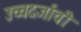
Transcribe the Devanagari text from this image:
उच्चदर्जाची